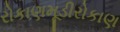
રોકાણમૂડીરોકાણ